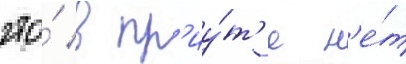
что́ в пр'иу́т'е н'е́т